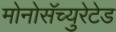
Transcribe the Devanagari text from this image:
मोनोसॅच्युरेटेड